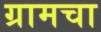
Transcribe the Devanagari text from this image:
ग्रामचा